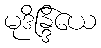
မုဒိန္ဒြိယေ